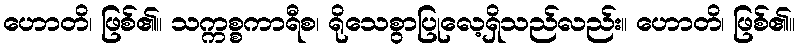
ဟောတိ၊ ဖြစ်၏။ သက္ကစ္စကာရီစ၊ ရိုသေစွာပြုလေ့ရှိသည်လည်း။ ဟောတိ၊ ဖြစ်၏။